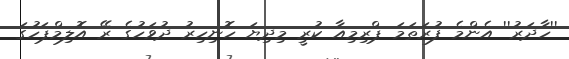
''ހާދަރު'' އެންމެ ފުރަތަމަ ޕްރިމިއާ ކުރީ މިދިޔަ ހޮނިހިރު ދުވަހުގެ ރޭ އޮލިމްޕަހުގަ